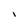
Character: i